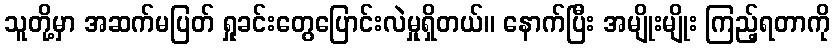
သူတို့မှာ အဆက်မပြတ် ရှုခင်းတွေပြောင်းလဲမှုရှိတယ်။ နောက်ပြီး အမျိုးမျိုး ကြည့်ရတာကို